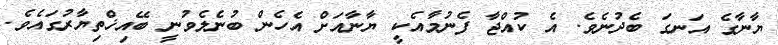
ޔާނާގެ އަނގަ ބެދުނެވެ. އެ ކުއްޖާ ފެނުމާއެކީ ޔާނާއަށް އެހެން ބުނެލެވުނީ ބޭއިޚްތިޔާރުގައެވެ.